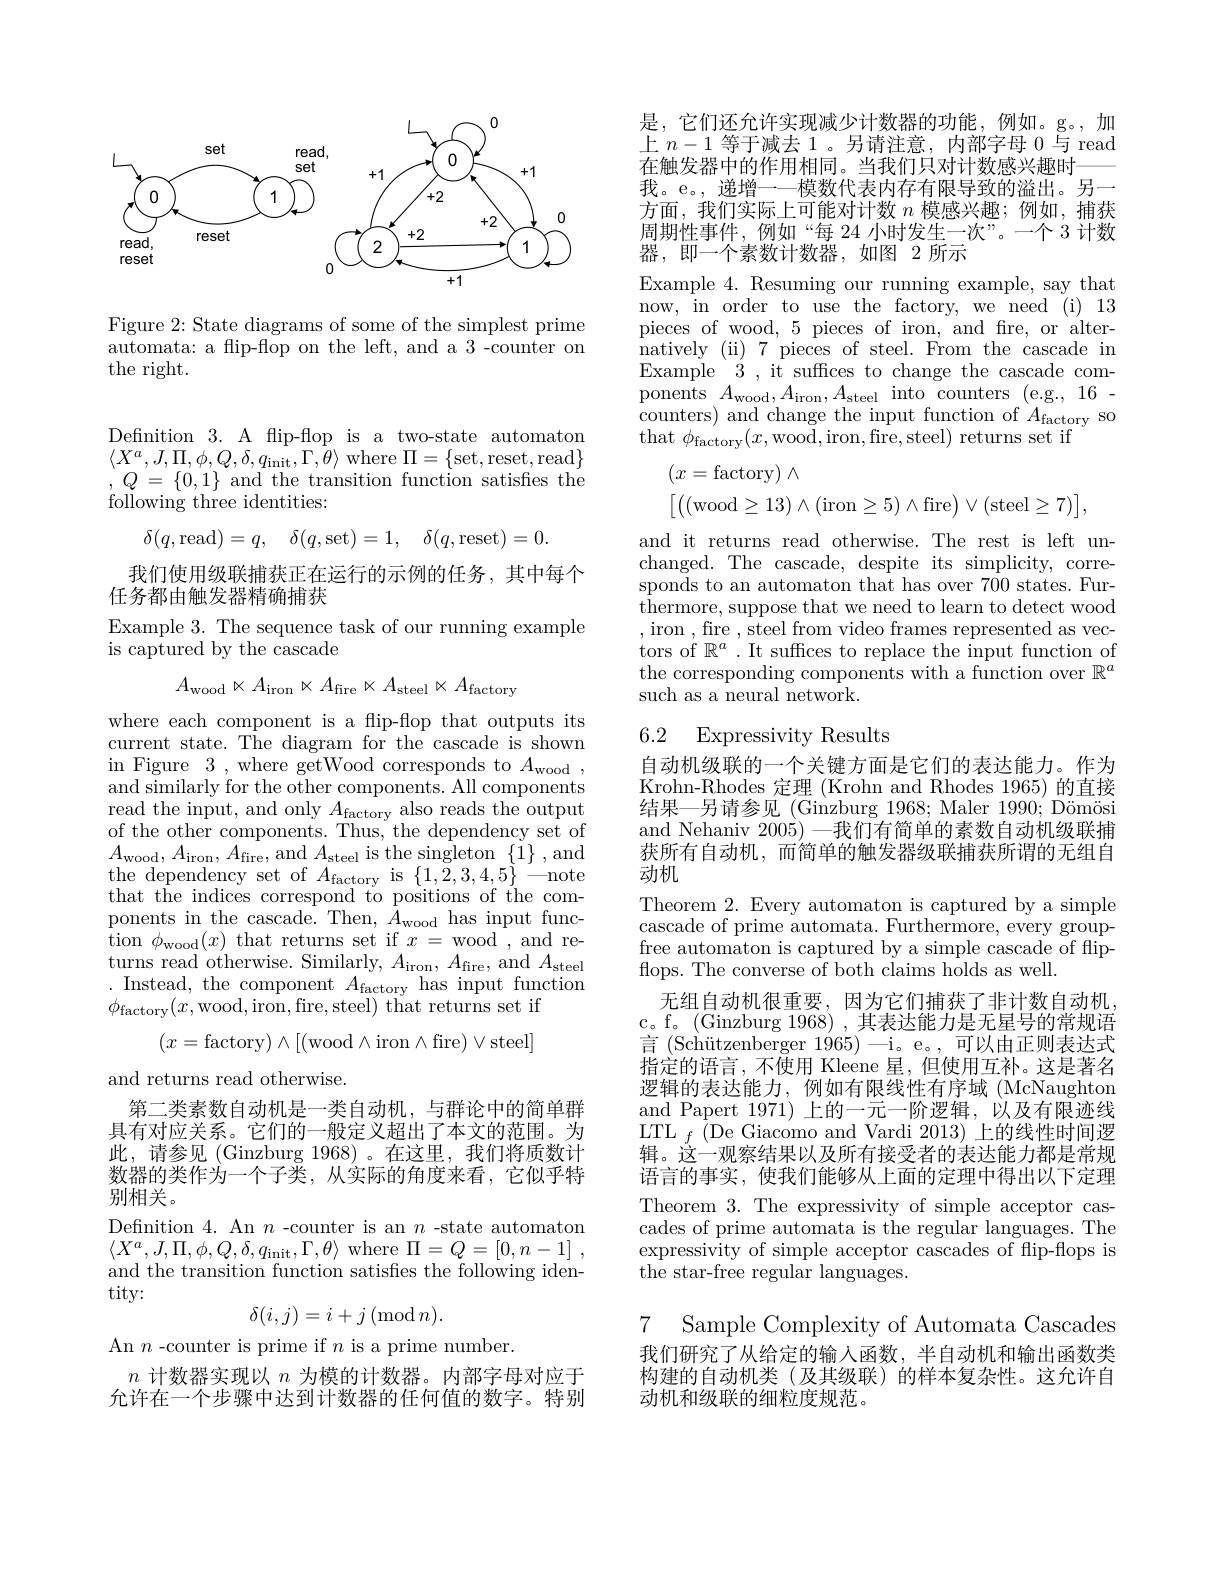
<FigureHere>

Figure 2: State diagrams of some of the simplest prime automata: a flip-flop on the left, and a 3 -counter on the right.

Definition 3. A flip-flop is a two-state automaton $\langle X^{a},J,\Pi,\phi,Q,\delta,q_{\mathrm{init}},\Gamma,\theta\rangle$ where $\Pi=\{$set,reset,read$\}$ $, Q$ = $\{ 0, 1\}$ and the transition function satisfies the following three identities:
$$\delta(q,\mathrm{read})=q,\quad\delta(q,\mathrm{set})=1,\quad\delta(q,\mathrm{reset})=0.$$
我们使用级联捕获正在运行的示例的任务，其中每个
任务都由触发器精确捕获
Example 3. The sequence task of our running example
is captured by the cascade
$$A_{\mathrm{wood}}\ltimes A_{\mathrm{iron}}\ltimes A_{\mathrm{fire}}\ltimes A_{\mathrm{steel}}\ltimes A_{\mathrm{factory}}$$
where each component is a flip-flop that outputs its current state. The diagram for the cascade is shown in Figure 3,where getWood corresponds to $A_\mathrm{wood}$, and similarly for the other components. All components read the input, and only $A_{\mathrm{factory}}$ also reads the output of the other components. Thus, the dependency set of $A_{\mathrm{wood}},A_{\mathrm{iron}},A_{\mathrm{fire}}$,and $A_\mathrm{steel}$ is the singleton $\{\tilde{1}\}$,and the dependency set of $A_{\mathrm{factory}}$ is $\{1,\bar{2},3,4,5\}\longrightarrow$note that the indices correspond to positions of the components in the cascade. Then, $\tilde{A}_{\mathrm{wood}}$ has input function $\phi_{\mathrm{wood}}(x)$ that returns set if $x=$ wood , and returns read otherwise. Similarly, $A_\mathrm{iron},A_\mathrm{fire}$, and $A_\mathrm{steel}$ . Instead, the component $A_\mathrm{factory}$ has input function $\phi_{\mathrm{factory}}(x$,wood,iron,fire,steel) that returns set if
$$(x=\text{factory})\land[(\text{wood}\land\text{iron}\land\text{fire})\lor\text{steel}]$$
and returns read otherwise.
第二类素数自动机是一类自动机，与群论中的简单群具有对应关系。它们的一般定义超出了本文的范围。为此，请参见 (Ginzburg 1968) 。在这里，我们将质数计数器的类作为一个子类，从实际的角度来看，它似乎特别相关。
Defnition 4. An $n$ -counter is an $n$ -state automaton $\left\langle X^{a},J,\Pi,\phi,Q,\delta,q_{\mathrm{init}},\Gamma,\theta\right\rangle$where$\Pi=Q=\left[0,n-1\right]$, and the transition function satisfies the following identity:
$$\delta(i,j)=i+j\:(\operatorname{mod}n).$$
An $n$ -counter is prime if $n$ is a prime number.
$n$计数器实现以$n$为模的计数器。内部字母对应于允许在一个步骤中达到计数器的任何值的数字。特别

是，它们还允许实现减少计数器的功能，例如。g。,加上$n-1$等于减去 1。另请注意，内部字母 0 与 read 在触发器中的作用相同。当我们只对计数感兴趣时——— 我。e。, 递增一一模数代表内存有限导致的溢出。另一方面，我们实际上可能对计数$n$模感兴趣；例如，捕获周期性事件，例如“每 24 小时发生一次”。一个 3 计数器，即一个素数计数器，如图 2 所示
Example 4. Resuming our running example, say that now, in order to use the factory, we need (i) 13 pieces of wood, 5 pieces of iron, and fire, or alternatively ( ii) 7 pieces of steel. From the cascade in Example 3, it suffices to change the cascade components $A_{\mathrm{wood}},A_{\mathrm{iron}},A_{\mathrm{steel}}$ into counters (e.g., 16- counters) and change the input function of $A_\mathrm{factory}$ so that $\phi_{\mathrm{factory}}(x$,wood,iron,fire,steel) returns set if
$$\begin{array}{l}(x=\mathrm{factory})\wedge\\\left[\left((\mathrm{wood}\geq13)\wedge(\mathrm{iron}\geq5)\wedge\mathrm{fire}\right)\vee(\mathrm{steel}\geq7)\right],\end{array}$$
and it returns read otherwise. The rest is left unchanged. The cascade, despite its simplicity, corresponds to an automaton that has over 700 states. Furthermore, suppose that we need to learn to detect wood ,iron ,fire ,steel from video frames represented as vectors of $\mathbb{R}^a$ . It suffices to replace the input function of the corresponding components with a function over $\mathbb{R}^a$ such as a neural network.

## 6.2 Expressivity Results

自动机级联的一个关键方面是它们的表达能力。作为Krohn-Rhodes 定理 (Krohn and Rhodes 1965) 的直接结果—另请参见 (Ginzburg 1968; Maler 1990; Dömösi and Nehaniv 2005) -我们有简单的素数自动机级联捕获所有自动机，而简单的触发器级联捕获所谓的无组自动机
Theorem 2. Every automaton is captured by a simple cascade of prime automata. Furthermore, every groupfree automaton is captured by a simple cascade of flipflops. The converse of both claims holds as well.
无组自动机很重要，因为它们捕获了非计数自动机c。f。(Ginzburg 1968),其表达能力是无星号的常规语言 (Schützenberger 1965)—i。e。,可以由正则表达式指定的语言，不使用 Kleene 星，但使用互补。这是著名逻辑的表达能力，例如有限线性有序域(McNaughton and Papert 1971)上的一元一阶逻辑，以及有限迹线$\mathrm{LTL}_{f}$(De Giacomo and Vardi 2013)上的线性时间逻辑。这一观察结果以及所有接受者的表达能力都是常规语言的事实，使我们能够从上面的定理中得出以下定理Theorem 3. The expressivity of simple acceptor cascades of prime automata is the regular languages. The expressivity of simple acceptor cascades of flip-flops is $\bar{\text{the star-free regular languages.}}$

7 Sample Complexity of Automata Cascades 我们研究了从给定的输入函数，半自动机和输出函数类构建的自动机类(及其级联)的样本复杂性。这允许自动机和级联的细粒度规范。